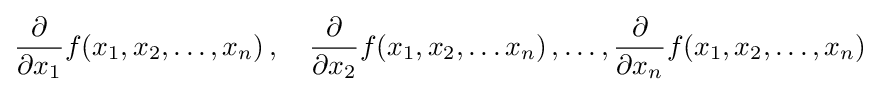
{\frac {\partial }{\partial x_{1}}}f(x_{1},x_{2},\ldots ,x_{n})\,,\quad {\frac {\partial }{\partial x_{2}}}f(x_{1},x_{2},\ldots x_{n})\,,\ldots ,{\frac {\partial }{\partial x_{n}}}f(x_{1},x_{2},\ldots ,x_{n})